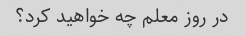
در روز معلم چه خواهید کرد؟